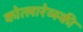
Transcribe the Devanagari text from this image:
कोत्लारेव्स्की